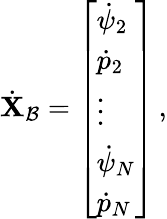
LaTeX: \dot{\mathbf{X}}_{\mathcal{B}}=\left[\begin{array}{l}{\dot{\psi}_{2}}\\ {\dot{p}_{2}}\\ {\vdots}\\ {\dot{\psi}_{N}}\\ {\dot{p}_{N}}\end{array}\right]\, ,